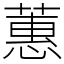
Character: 蕙